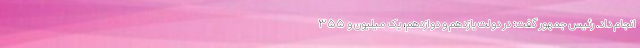
انجام داد. رئیس جمهور گفت: در دولت یازدهم و دوازدهم، یک میلیون و ۳۵۵